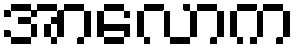
အာလောက